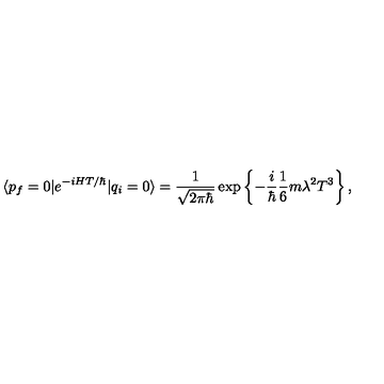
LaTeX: \langle p _ { f } = 0 | e ^ { - i H T / \hbar } | q _ { i } = 0 \rangle = \frac { 1 } { \sqrt { 2 \pi \hbar } } \exp \left\{ - \frac { i } { \hbar } \frac { 1 } { 6 } m \lambda ^ { 2 } T ^ { 3 } \right\} ,